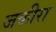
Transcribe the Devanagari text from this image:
जकीरा